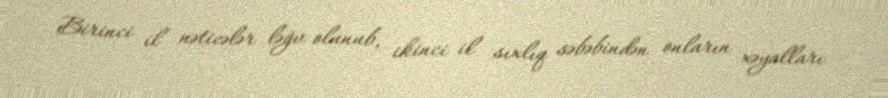
Birinci il nəticələr ləğv olunub, ikinci il sıxlıq səbəbindən onların xəyalları